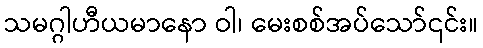
သမဂ္ဂါဟီယမာနော ဝါ၊ မေးစစ်အပ်သော်၎င်း။